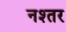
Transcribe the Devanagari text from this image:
नश्तर